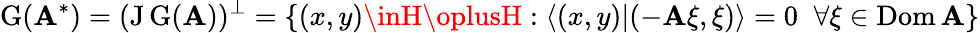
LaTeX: \operatorname{G}(\mathbf{A}^{*})=(\operatorname{J}\operatorname{G}(\mathbf{A}))^{\perp}=\{ (x,y)\inH\oplusH:\langle(x,y)|(-\mathbf{A}\xi,\xi)\rangle=0\; \; \forall\xi\in\operatorname{Dom}\mathbf{A}\}